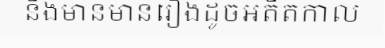
និងមានមានរឿងដូចអតីតកាល